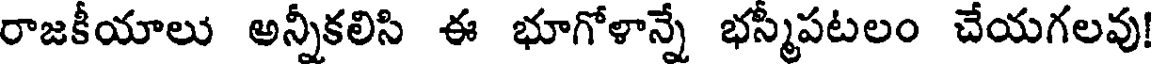
రాజకీయాలు అన్నీకలిసి ఈ భూగోళాన్నే భస్మపటలం చేయగలవు!